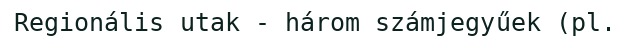
Regionális utak - három számjegyűek (pl.